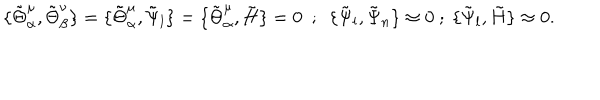
\{ \tilde { \Theta } _ { \alpha } ^ { \mu } , \tilde { \Theta } _ { \beta } ^ { \nu } \} = \{ \tilde { \Theta } _ { \alpha } ^ { \mu } , \tilde { \Psi } _ { l } \} = \{ \tilde { \Theta } _ { \alpha } ^ { \mu } , \tilde { H } \} = 0 ~ ~ ; ~ ~ \{ \tilde { \Psi } _ { l } , \tilde { \Psi } _ { n } \} \approx 0 ~ ; ~ \{ \tilde { \Psi } _ { l } , \tilde { H } \} \approx 0 .